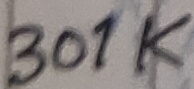
Text: 301K